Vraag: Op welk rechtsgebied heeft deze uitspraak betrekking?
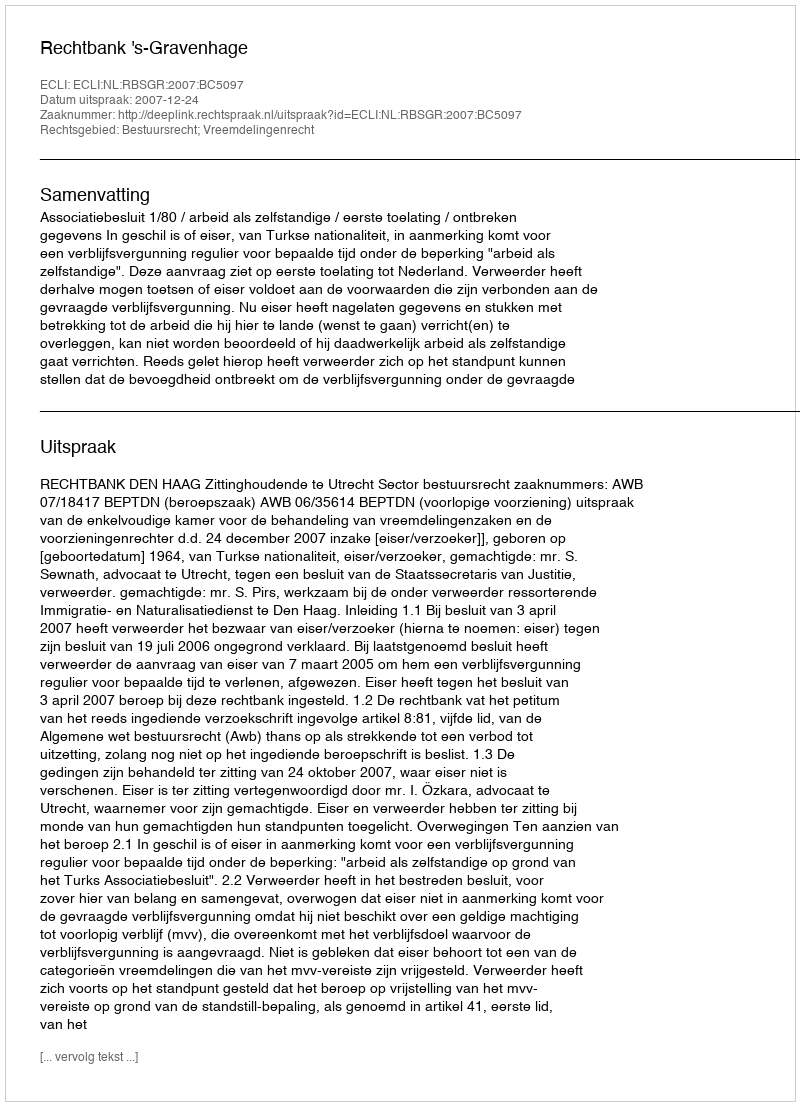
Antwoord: Bestuursrecht; Vreemdelingenrecht